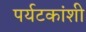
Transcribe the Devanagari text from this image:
पर्यटकांशी